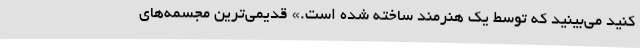
کنید می‌بینید که توسط یک هنرمند ساخته شده است.» قدیمی‌ترین مجسمه‌های